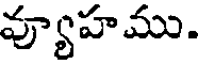
వ్యూహము.